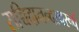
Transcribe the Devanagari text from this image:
सच्चिदानन्दस्वरूपं